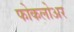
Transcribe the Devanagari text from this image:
फोकलोअर